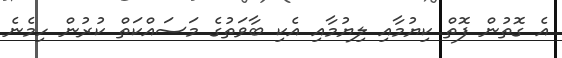
އެ ގޮތުން ފޮތް ކިޔުމާއި ލިޔުމާއި އެކި ބާވަތުގެ މަސައްކަތް ކުރުން ހިމެނެ